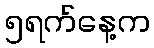
၅ရက်နေ့က